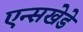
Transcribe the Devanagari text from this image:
एन्सखेडे